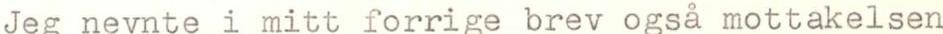
Jeg nevnte i mitt forrige brev også mottakelsen